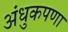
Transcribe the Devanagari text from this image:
अंधुकपणा